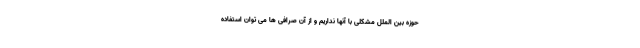
حوزه بین الملل مشکلی با آنها نداریم و از آن صرافی ها می توان استفاده